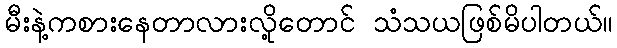
မီးနဲ့ကစားနေတာလားလို့တောင် သံသယဖြစ်မိပါတယ်။